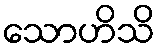
သောဟိသိ